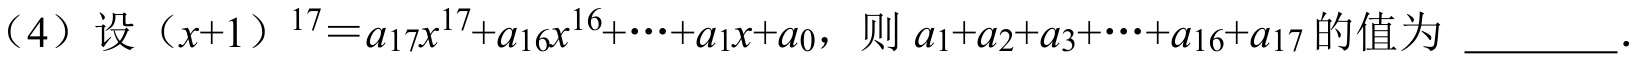
（4）设\((x + 1)^{17}=a_{17}x^{17}+a_{16}x^{16}+\cdots +a_{1}x + a_{0}\)，则\(a_{1}+a_{2}+a_{3}+\cdots +a_{16}+a_{17}\)的值为 \_\_\_\_\_．